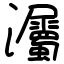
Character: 灟